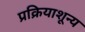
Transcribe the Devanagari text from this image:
प्रक्रियाशून्‍य